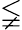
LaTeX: \lneqq